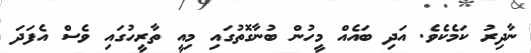
ނާދިރު ކަމެކެވެ. އަދި ބައެއް މީހުން ބުނާގޮތުގައި މިއީ ތާރީހުގައި ވެސް އެފަދަ